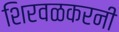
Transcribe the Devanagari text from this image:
शिरवळकरनी